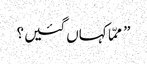
” ممّا کہاں گئیں ؟